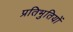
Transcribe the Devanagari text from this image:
प्रतिभुतियों